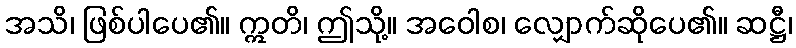
အသိ၊ ဖြစ်ပါပေ၏။ ဣတိ၊ ဤသို့။ အဝေါစ၊ လျှောက်ဆိုပေ၏။ ဆဋ္ဌီ၊